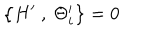
\left\{ H ^ { \prime } ~ , ~ \Theta _ { i } ^ { \prime } \right\} = 0